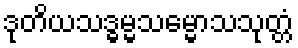
ဒုတိယသဒ္ဓမ္မသမ္မောသသုတ္တံ